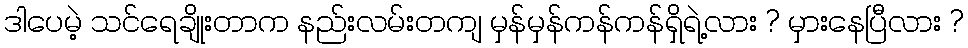
ဒါပေမဲ့ သင်ရေချိုးတာက နည်းလမ်းတကျ မှန်မှန်ကန်ကန်ရှိရဲ့လား ? မှားနေပြီလား ?